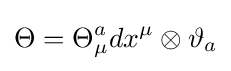
\Theta =\Theta _{\mu }^{a}dx^{\mu }\otimes \vartheta _{a}